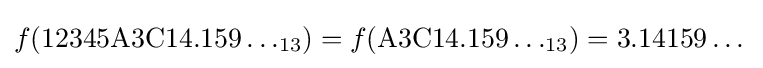
f(\mathrm {12345A3C14.159} \dots _{13})=f(\mathrm {A3C14.159} \dots _{13})=3.14159\dots